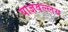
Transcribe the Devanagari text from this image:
याज्ञवल्लय